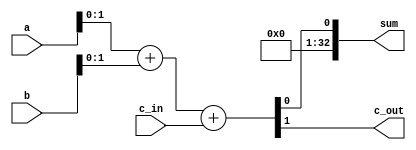
//This is the behavioural definition of a 32-bit fulladder
module full_adder_32b_behavioural
                          #(parameter w = 32)
                          (output [32:0] sum, 
                           output c_out, 
                           input [w-1:0] a, 
                           input [w-1:0] b,
                           input c_in);
   
 wire [32:0] y;
 assign y = a + b + c_in;
 assign sum = y[0];
 assign c_out = y[1];
endmodule